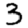
Digit: 3